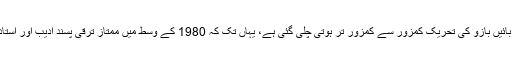
آج ہمارا موضوع یہ ہے کہ اگرچہ پاکستان میں بائیں بازو نے بھرپور سیاست کی ہے مگر اس کے باوجود بائیں بازو کی تحریک کمزور سے کمزور تر ہوتی چلی گئی ہے، یہاں تک کہ 1980 کے وسط میں ممتاز ترقی پسند ادیب اور استاد مجنوں گورکھپوری نے ایک انٹرویو میں صاف کہہ دیا تھاکہ کم از کم ادب میں ترقی پسندی مر چکی ہے۔